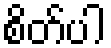
စိတ်ပါ